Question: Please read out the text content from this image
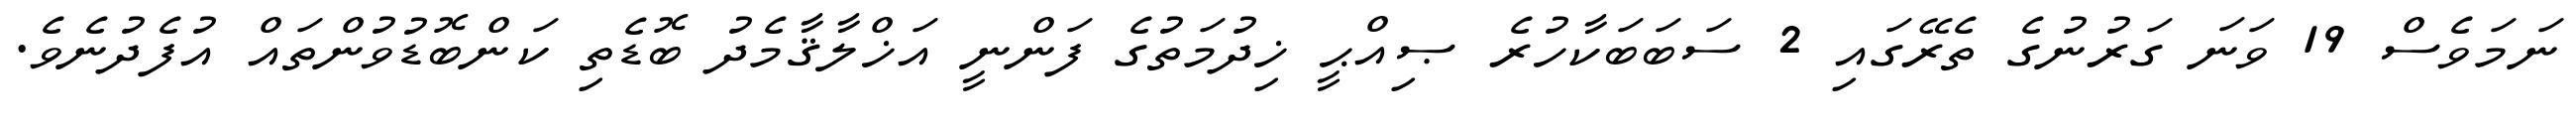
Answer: ނަމަވެސް 19 ވަނަ ގަރުނުގެ ތެރޭގައި 2 ސަބަބަކާހުރެ ޞިއްޙީ ޚިދުމަތުގެ ފަންނީ އަޚްލާޤާމެދު ބޮޑެތި ކަންބޮޑުވުންތައް އުފެދުނެވެ.